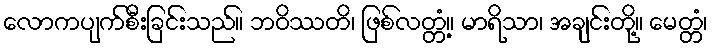
လောကပျက်စီးခြင်းသည်။ ဘဝိဿတိ၊ ဖြစ်လတ္တံ့။ မာရိသာ၊ အချင်းတို့။ မေတ္တံ၊